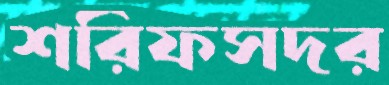
শরিফসদর